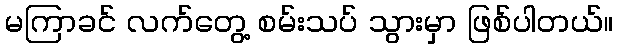
မကြာခင် လက်တွေ့ စမ်းသပ် သွားမှာ ဖြစ်ပါတယ်။